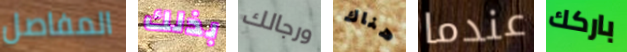
المفاصل بذلك ورجالك هناك عندما باركك